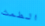
الطمث